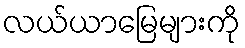
လယ်ယာမြေများကို